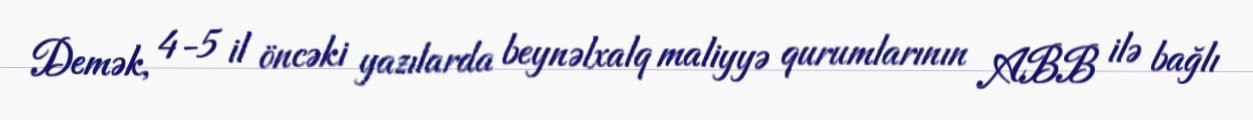
Demək, 4-5 il öncəki yazılarda beynəlxalq maliyyə qurumlarının ABB ilə bağlı